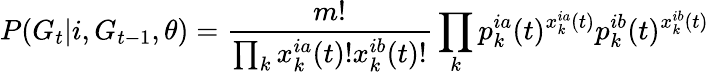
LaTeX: P(G_{t}|i,G_{t-1},\theta)=\frac{m!}{\prod_{k}x_{k}^{ia}(t)!x_{k}^{ib}(t)!}\prod_{k}p_{k}^{ia}(t)^{x_{k}^{ia}(t)}p_{k}^{ib}(t)^{x_{k}^{ib}(t)}